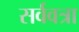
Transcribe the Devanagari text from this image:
सर्ववत्रा